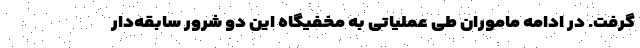
گرفت. در ادامه ماموران طی عملیاتی به مخفیگاه این دو شرور سابقه‌دار